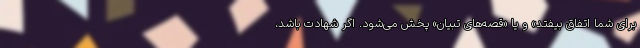
برای شما اتفاق بیفتد» و یا «قصه‌های تبیان» پخش می‌شود. اگر شهادت باشد،